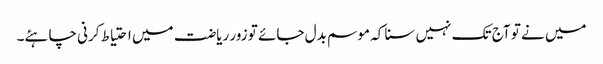
میں نے تو آج تک نہیں سنا کہ موسم بدل جائے تو زور ریاضت میں احتیاط کرنی چاہئے۔